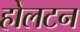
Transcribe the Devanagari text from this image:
होलटन